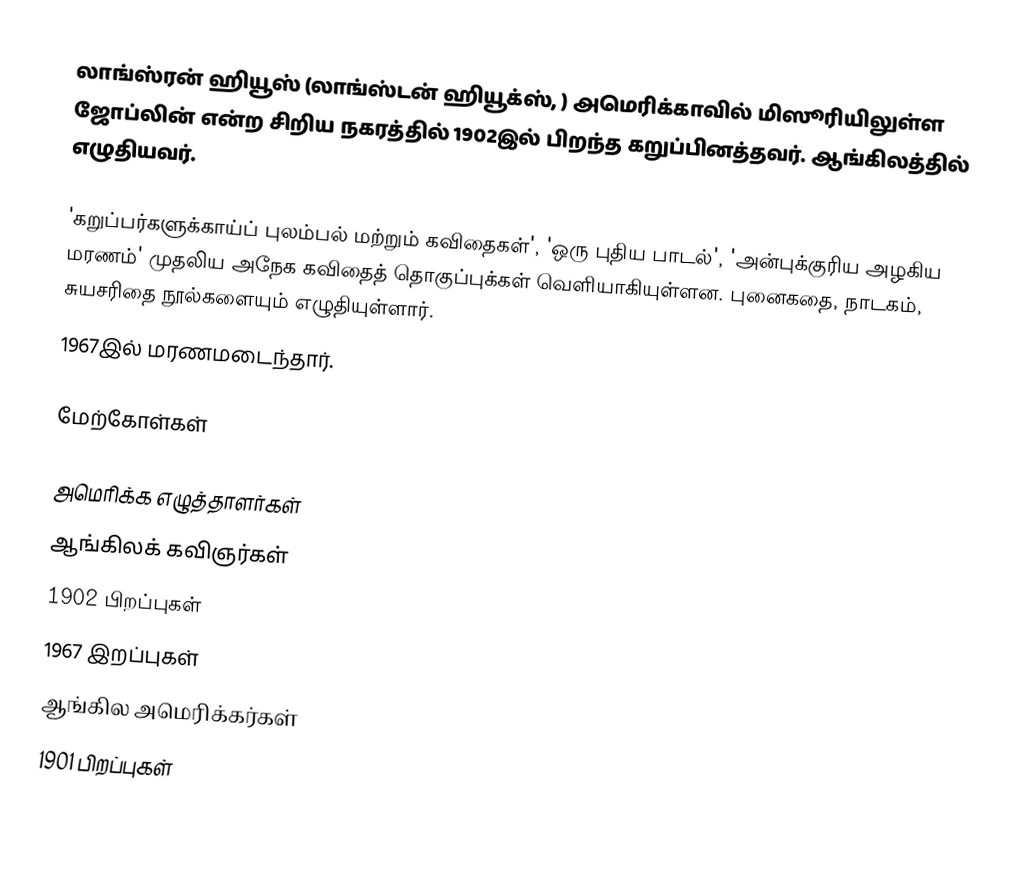
லாங்ஸ்ரன் ஹியூஸ் (லாங்ஸ்டன் ஹியூக்ஸ், ) அமெரிக்காவில் மிஸூரியிலுள்ள ஜோப்லின் என்ற சிறிய நகரத்தில் 1902இல் பிறந்த கறுப்பினத்தவர். ஆங்கிலத்தில் எழுதியவர்.

'கறுப்பர்களுக்காய்ப் புலம்பல் மற்றும் கவிதைகள்', 'ஒரு புதிய பாடல்', 'அன்புக்குரிய அழகிய மரணம்' முதலிய அநேக கவிதைத் தொகுப்புக்கள் வெளியாகியுள்ளன. புனைகதை, நாடகம், சுயசரிதை நூல்களையும் எழுதியுள்ளார்.
1967இல் மரணமடைந்தார்.

மேற்கோள்கள்

அமெரிக்க எழுத்தாளர்கள்
ஆங்கிலக் கவிஞர்கள்
1902 பிறப்புகள்
1967 இறப்புகள்
ஆங்கில அமெரிக்கர்கள்
1901 பிறப்புகள்